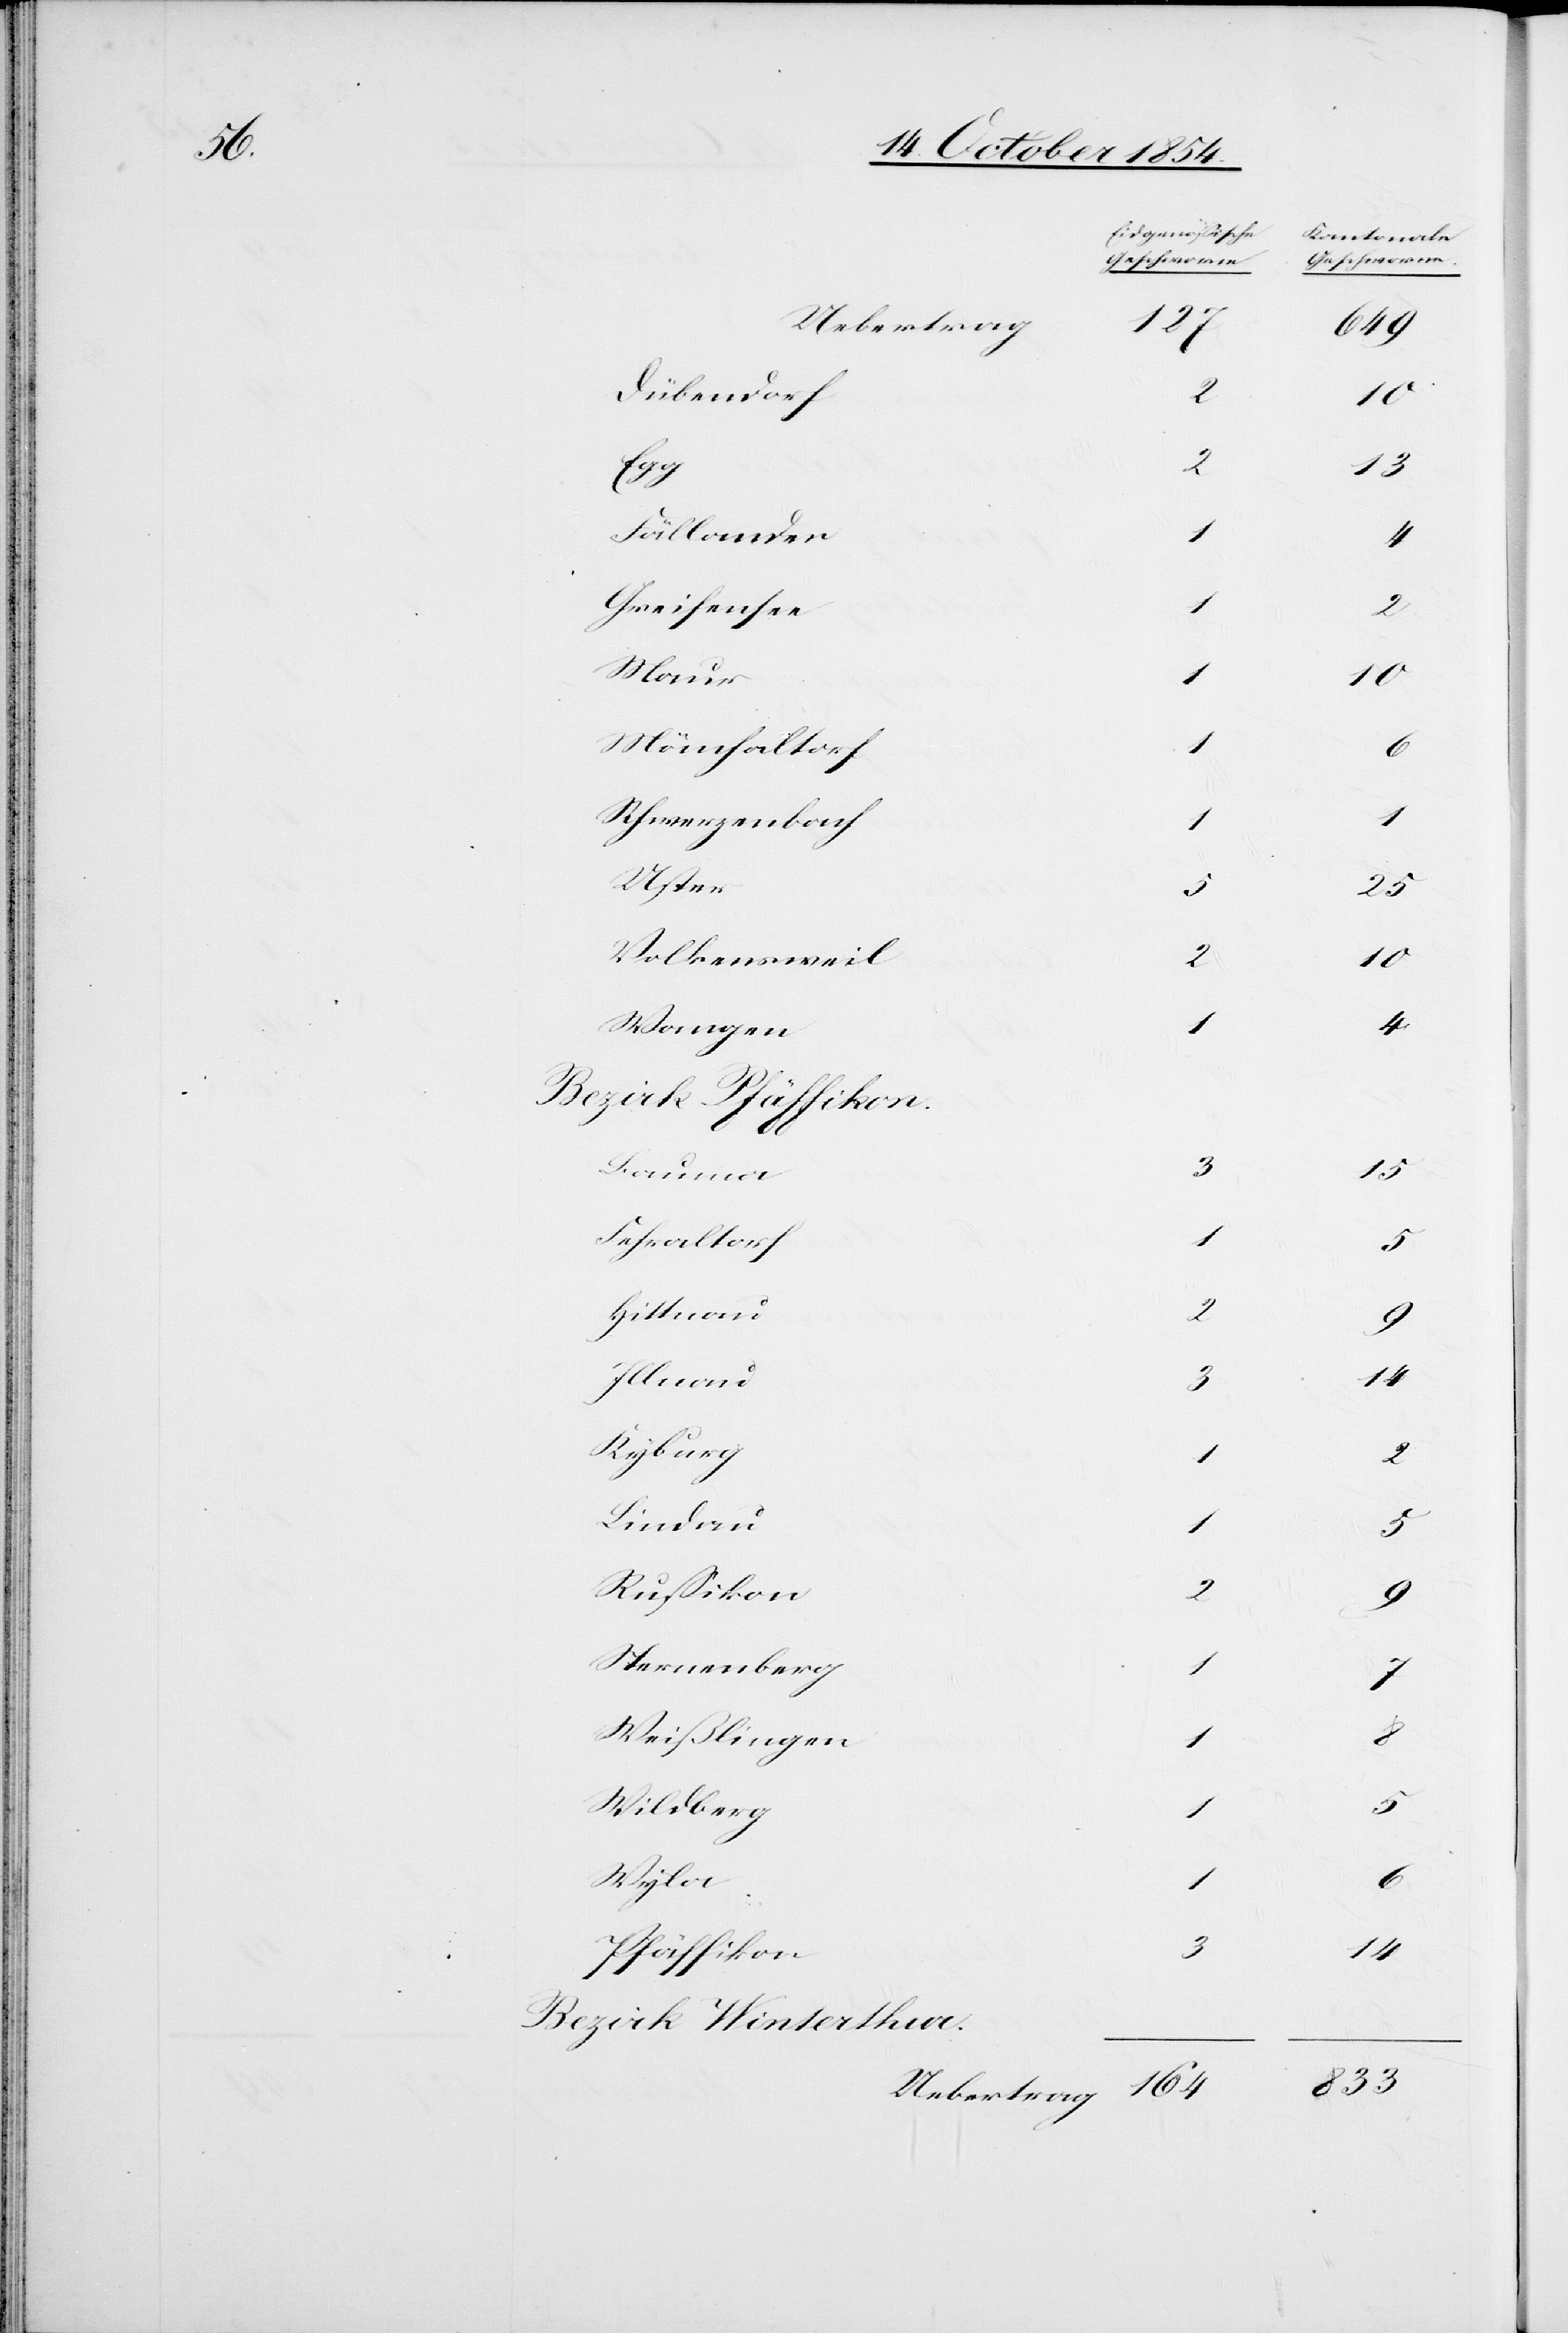
Uebertrag
127
Dübendorf
3
15
2
Fällanden
1
4
Greifensee
Mönchaltorf
Schwerzenbach
1
User
25
Volkensweil
Wangen
Bauma
Fehraltorf
5
Hittnau
Illnau
3
Kyburg
1
Lindau
5
Rußikon
Sternenberg
1
Weißlingen
1
Wildberg
5
Wyla
1
Pfäffikon
14
Bezirk Winterthur

649
1
1
4
14

2
19